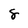
Character: 8